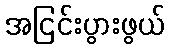
အငြင်းပွားဖွယ်